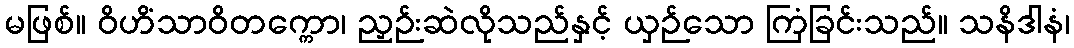
မဖြစ်။ ဝိဟိံသာဝိတက္ကော၊ ညှဉ်းဆဲလိုသည်နှင့် ယှဉ်သော ကြံခြင်းသည်။ သနိဒါနံ၊